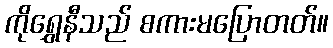
ကိုရွှေနီသည် စကားမပြောတတ်။